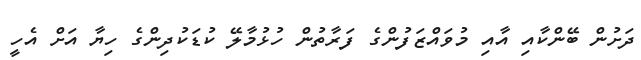
ދަށުން ބޭންކާއި އާއި މުވައްޒަފުންގެ ފަރާތުން ހުޅުމާލޭ ކުޑަކުދިންގެ ހިޔާ އަށް އެހީ